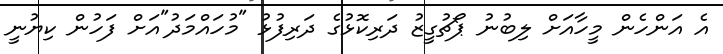
އެ އަންހެން މީހާއަށް ލިބުނު ޕޯޗުގީޒު ދަރިކޮޅުގެ ދަރިފުޅު "މުހައްމަދު"އަށް ފަހުން ކިޔުނީ